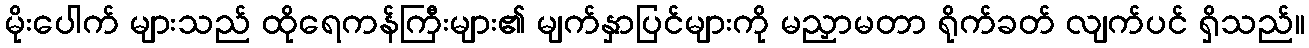
မိုးပေါက် များသည် ထိုရေကန်ကြီးများ၏ မျက်နှာပြင်များကို မညှာမတာ ရိုက်ခတ် လျက်ပင် ရှိသည်။